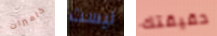
كاميرات ليست حقيقتك